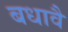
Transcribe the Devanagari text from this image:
बधावै